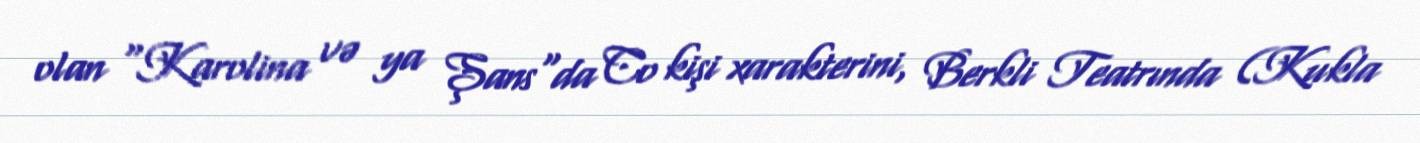
olan "Karolina və ya Şans"da Co kişi xarakterini, Berkli Teatrında (Kukla